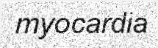
myocardia